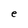
Character: e